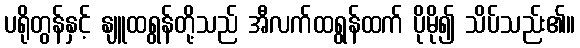
ပရိုတွန်နှင့် နျူထရွန်တို့သည် အီလက်ထရွန်ထက် ပိုမို၍ သိပ်သည်း၏။